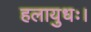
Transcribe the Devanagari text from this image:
हलायुधः।